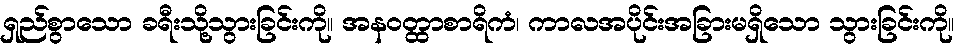
ရှည်စွာသော ခရီးသို့သွားခြင်းကို။ အနဝတ္ထာစာရိကံ၊ ကာလအပိုင်းအခြားမရှိသော သွားခြင်းကို။